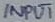
Text: INPUT